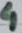
Text: 4